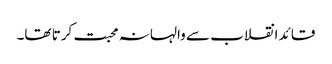
قائد انقلاب سے والہانہ محبت کرتا تھا۔